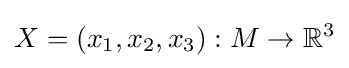
X=(x_{1},x_{2},x_{3}):M\rightarrow \mathbb {R} ^{3}